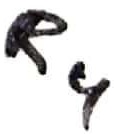
Text: R4